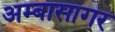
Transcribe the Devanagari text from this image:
अम्बासागर